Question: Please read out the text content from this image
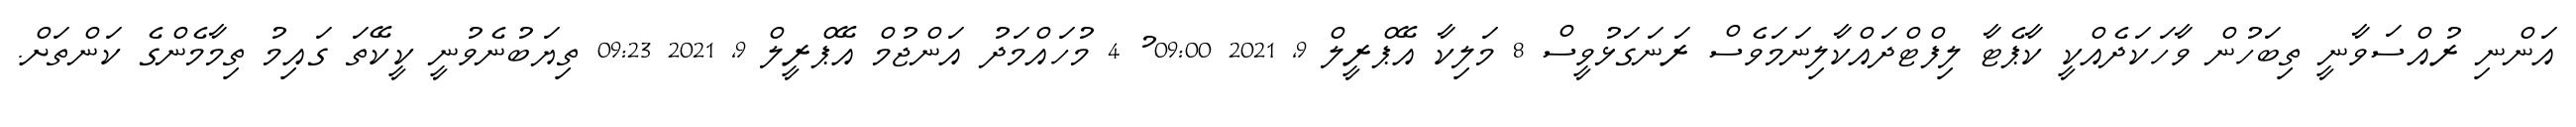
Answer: އަންނި ރުއްސަވާނީ ތިބަހުން ވާހަކަދެއްކީ ކާޕެޓާ ލިފްޓްދައްކާލިނަމަވެސް ރަނަގަޅުވީސް 8 މަލިކާ އޭޕްރީލް 9, 2021 09:00 ު 4 މުހައްމަދު އަންޖުމް އޭޕްރީލް 9, 2021 09:23 ތިޔަބުނެވުނީ ކީކޭތަ ގައިމު ތިމާމެންގެ ކަންތަށް.